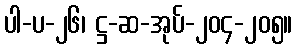
ပါ-ပ-၂၆၊ ဋ္ဌ-ဆ-အုပ်-၂၀၄-၂၀၅။